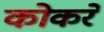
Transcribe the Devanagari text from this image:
कोकरे